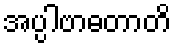
အပ္ပါဗာဓတာတိ